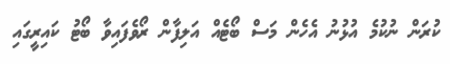
ކުރަން ނުކުމެ އުޅުނު އެހެން މަސް ބޯޓެއް އަލިފާން ރޯވެފައިވާ ބޯޓު ކައިރީގައި